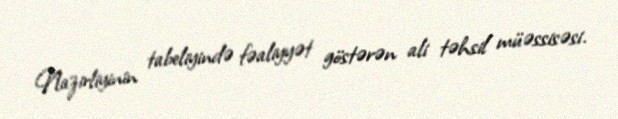
Nazirliyinin tabeliyində fəaliyyət göstərən ali təhsil müəssisəsi.